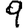
Digit: 9